Leaving Certificate Examination (including Day School Certificate (Higher) General paper), 1936
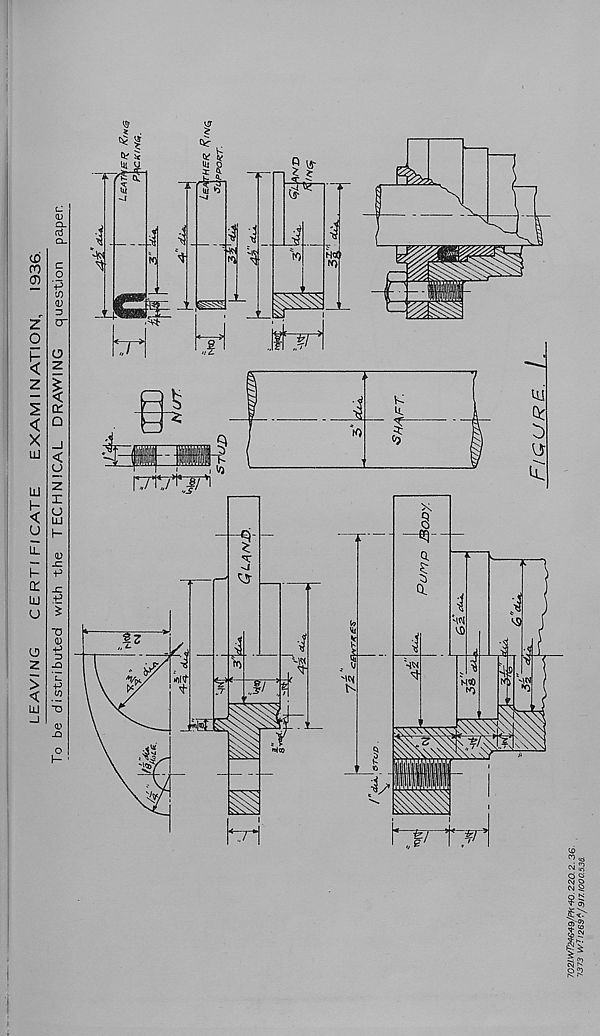
LEAVING
CERT! FI CATE
EXAMINATION, 1936.
To be distributed with the TECHNICAL DRAWING question paper.
j
‘9£S0001216/v 69Z!iM £L€L
9£ Z OZZ Ob' yd/6-tr9t’Z±MiZ0L